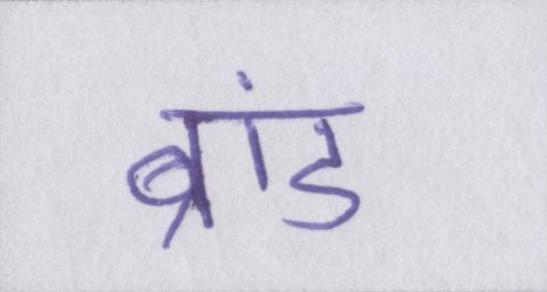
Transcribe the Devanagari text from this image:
ब्रांड